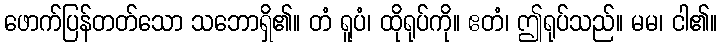
ဖောက်ပြန်တတ်သော သဘောရှိ၏။ တံ ရူပံ၊ ထိုရုပ်ကို။ ဧတံ၊ ဤရုပ်သည်။ မမ၊ ငါ၏။